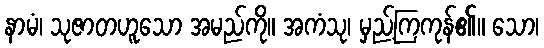
နာမံ၊ သုဇာတဟူသော အမည်ကို။ အကံသု၊ မှည့်ကြကုန်၏။ သော၊